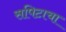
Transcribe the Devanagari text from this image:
सपिटाचा